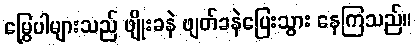
မြွှေပါများသည် ဖျိုးခနဲ ဖျတ်ခနဲပြေးသွား နေကြသည်။